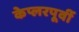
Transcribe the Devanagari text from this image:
केप्लरपूर्वी